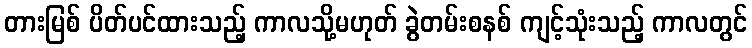
တားမြစ် ပိတ်ပင်ထားသည့် ကာလသို့မဟုတ် ခွဲတမ်းစနစ် ကျင့်သုံးသည့် ကာလတွင်